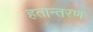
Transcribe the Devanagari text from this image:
हतान्तरण